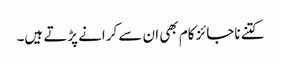
کتنے ناجائز کام بھی ان سے کرانے پڑتے ہیں۔